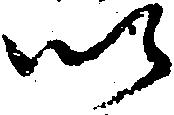
以